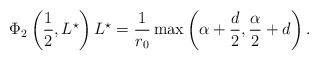
LaTeX: \begin{align*}\Phi_2\left(\frac{1}{2},L^\star\right)L^\star=\frac{1}{r_0}\max\left(\alpha+\frac{d}{2},\frac{\alpha}{2}+d\right).\end{align*}